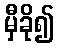
မှီခို၍